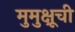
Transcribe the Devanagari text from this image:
मुमुक्षूची